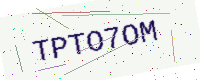
Text: TPTO7OM